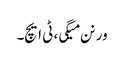
ورنن میگی، ٹی ایچ۔